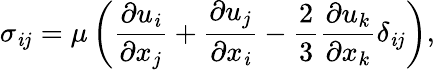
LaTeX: {\sigma_{\mathit{i}j}}=\mu\left({\frac{{{\partial{u_{\mathit{i}}}}}}{{{\partial{x_{j}}}}}+\frac{{{\partial{u_{j}}}}}{{{\partial{x_{\mathit{i}}}}}}-\frac{{2}}{{3}}\frac{{{\partial{u_{k}}}}}{{{\partial{x_{k}}}}}{\delta_{\mathit{i}j}}}\right),